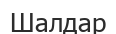
Шалдар